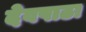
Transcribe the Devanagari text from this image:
देवपाठा